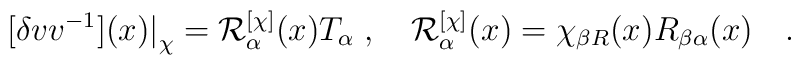
[\delta v v^{-1}](x) \big|_\chi =  {\cal R}^{[\chi]}_\alpha (x)T_\alpha\; ,\quad  {\cal R}^{[\chi]}_\alpha (x) =\chi_{\beta R}(x)R_{\beta \alpha}(x)\quad .